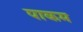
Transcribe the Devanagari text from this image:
पाकम